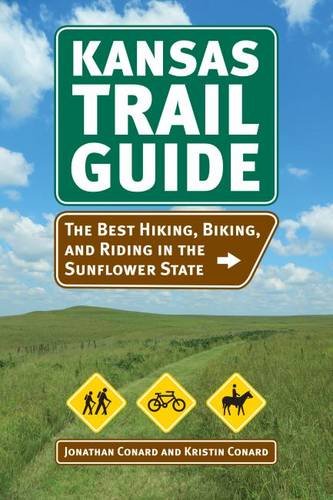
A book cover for Kansas Trail Guide: The Best Hiking, Biking, and Riding in the Sunflower State; Jonathan M. Conard; Sports & Outdoors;